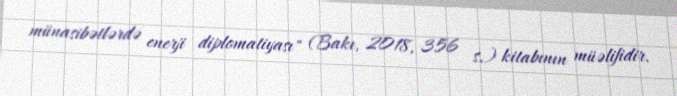
münasibətlərdə enerji diplomatiyası" (Bakı, 2018, 356 s.) kitabının müəlifidir.